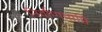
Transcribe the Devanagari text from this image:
निर्वाणप्राप्ति